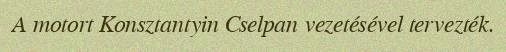
A motort Konsztantyin Cselpan vezetésével tervezték.